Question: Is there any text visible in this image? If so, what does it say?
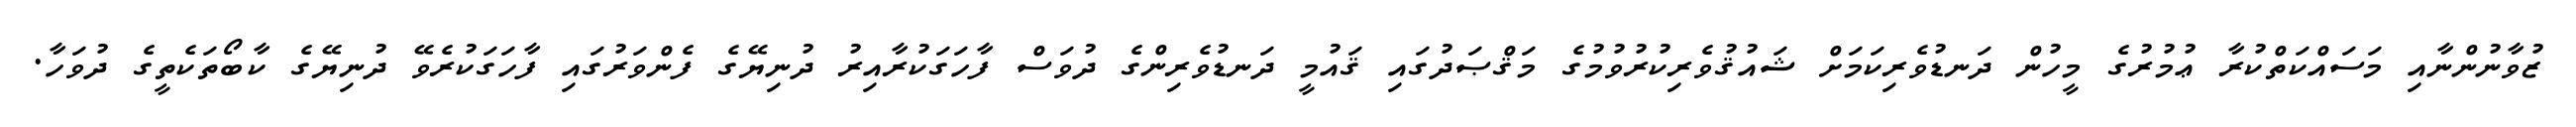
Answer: ޒުވާނުންނާއި މަސައްކަތްކުރާ ޢުމުރުގެ މީހުން ދަނޑުވެރިކަމަށް ޝައުޤުވެރިކުރުވުމުގެ މަޤްޞަދުގައި ޤައުމީ ދަނޑުވެރިންގެ ދުވަސް ފާހަގަކުރާއިރު ދުނިޔޭގެ ފެންވަރުގައި ފާހަގަކުރެވޭ ދުނިޔޭގެ ކާބޯތަކެތީގެ ދުވަހާ.